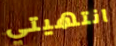
انتهيتي